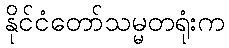
နိုင်ငံတော်သမ္မတရုံးက